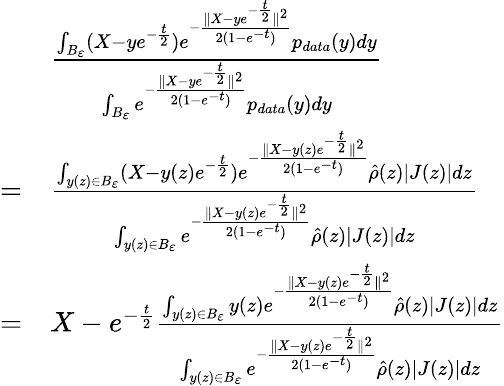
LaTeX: \begin{array}{rl}&{\frac{\int_{B_{\varepsilon}}(X-ye^{-\frac{t}{2}})e^{-\frac{\| X-ye^{-\frac{t}{2}}\| ^{2}}{2(1-e^{-t})}}p_{data}(y)dy}{\int_{B_{\varepsilon}}e^{-\frac{\| X-ye^{-\frac{t}{2}}\| ^{2}}{2(1-e^{-t})}}p_{data}(y)dy}}\\ {=}&{\frac{\int_{y(z)\in B_{\varepsilon}}(X-y(z)e^{-\frac{t}{2}})e^{-\frac{\| X-y(z)e^{-\frac{t}{2}}\| ^{2}}{2(1-e^{-t})}}\hat{\rho}(z)|J(z)|dz}{\int_{y(z)\in B_{\varepsilon}}e^{-\frac{\| X-y(z)e^{-\frac{t}{2}}\| ^{2}}{2(1-e^{-t})}}\hat{\rho}(z)|J(z)|dz}}\\ {=}&{X-e^{-\frac{t}{2}}\frac{\int_{y(z)\in B_{\varepsilon}}y(z)e^{-\frac{\| X-y(z)e^{-\frac{t}{2}}\| ^{2}}{2(1-e^{-t})}}\hat{\rho}(z)|J(z)|dz}{\int_{y(z)\in B_{\varepsilon}}e^{-\frac{\| X-y(z)e^{-\frac{t}{2}}\| ^{2}}{2(1-e^{-t})}}\hat{\rho}(z)|J(z)|dz}}\end{array}